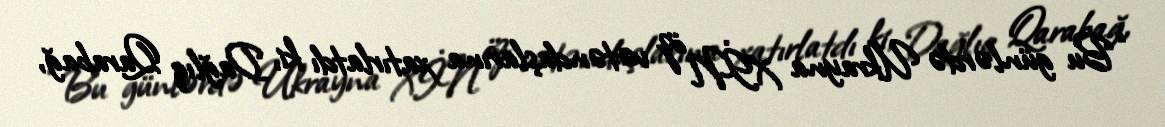
“Bu günlərdə Ukrayna XİN öz vətəndaşlarına xatırlatdı ki, Dağlıq Qarabağ,